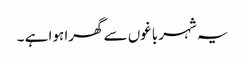
یہ شہر باغوں سے گھرا ہوا ہے ۔